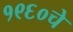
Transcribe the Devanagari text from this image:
१९६०चे